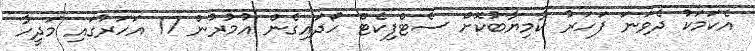
އެކަމަކު ދެވަނަ ފަހަރު ކާމިޔާބުކޮށް ސެޓްފިކެޓް ހޯދައިގެން އުމުރުން 17 އަހަރުގައި މަދީހާ